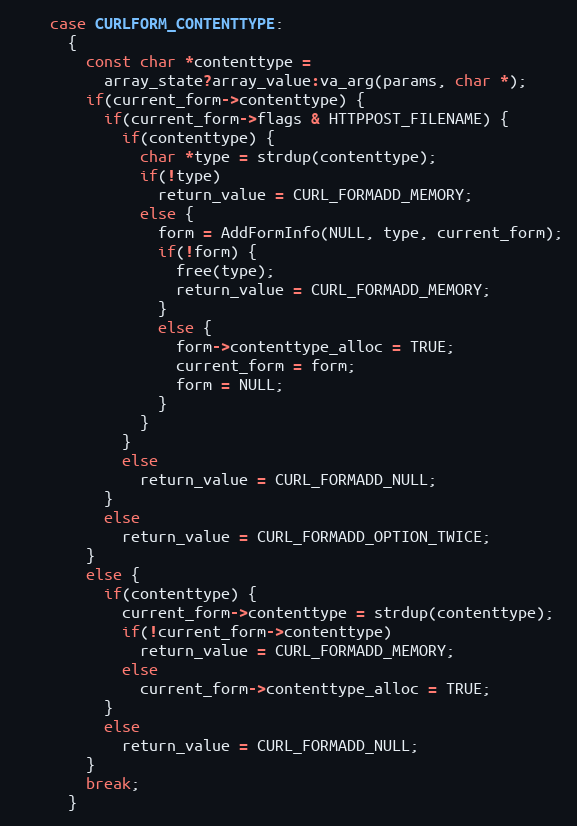
Language: C
    case CURLFORM_CONTENTTYPE:
      {
        const char *contenttype =
          array_state?array_value:va_arg(params, char *);
        if(current_form->contenttype) {
          if(current_form->flags & HTTPPOST_FILENAME) {
            if(contenttype) {
              char *type = strdup(contenttype);
              if(!type)
                return_value = CURL_FORMADD_MEMORY;
              else {
                form = AddFormInfo(NULL, type, current_form);
                if(!form) {
                  free(type);
                  return_value = CURL_FORMADD_MEMORY;
                }
                else {
                  form->contenttype_alloc = TRUE;
                  current_form = form;
                  form = NULL;
                }
              }
            }
            else
              return_value = CURL_FORMADD_NULL;
          }
          else
            return_value = CURL_FORMADD_OPTION_TWICE;
        }
        else {
          if(contenttype) {
            current_form->contenttype = strdup(contenttype);
            if(!current_form->contenttype)
              return_value = CURL_FORMADD_MEMORY;
            else
              current_form->contenttype_alloc = TRUE;
          }
          else
            return_value = CURL_FORMADD_NULL;
        }
        break;
      }